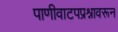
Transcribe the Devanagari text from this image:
पाणीवाटपप्रश्नावरून